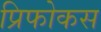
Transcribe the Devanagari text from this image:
प्रिफोकस